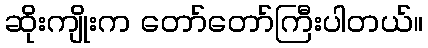
ဆိုးကျိုးက တော်တော်ကြီးပါတယ်။